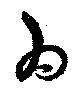
為